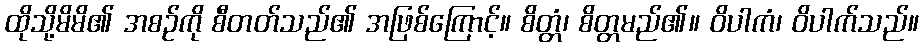
ထိုသို့မိမိ၏ အစဉ်ကို စီတတ်သည်၏ အဖြစ်ကြောင့်။ စိတ္တံ၊ စိတ္တမည်၏။ ဝိပါကံ၊ ဝိပါက်သည်။